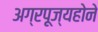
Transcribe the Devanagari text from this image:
अग्रपूज्यहोने